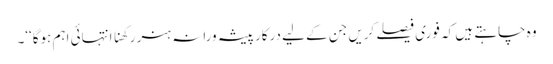
وہ چاہتے ہیں کہ فوری فیصلے کریں جن کے لیے درکار پیشہ ورانہ ہنر رکھنا انتہائی اہم ہوگا‘‘۔